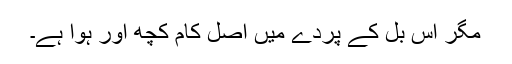
مگر اس بل کے پردے میں اصل کام کچھ اور ہوا ہے۔